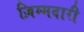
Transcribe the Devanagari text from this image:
ज़िम्मदारी